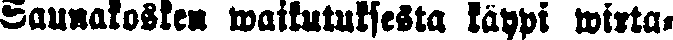
saunakosken waikutuksesta käypi wirta-